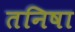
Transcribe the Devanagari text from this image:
तनिषा